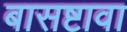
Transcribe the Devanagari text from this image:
बासष्टावा